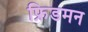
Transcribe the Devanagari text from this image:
फ्रिडमन